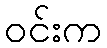
ဝင်းက